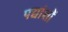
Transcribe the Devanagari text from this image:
पद्यांशों